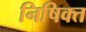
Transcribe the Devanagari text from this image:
निषिक्त